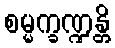
စမ္မက္ခဏ္ဍန္တိ